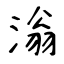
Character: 滃